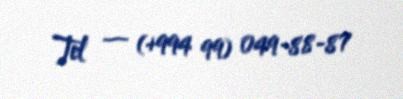
Tel — (+994 99) 049-88-87